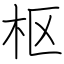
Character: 枢